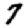
Digit: 7